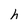
Character: h